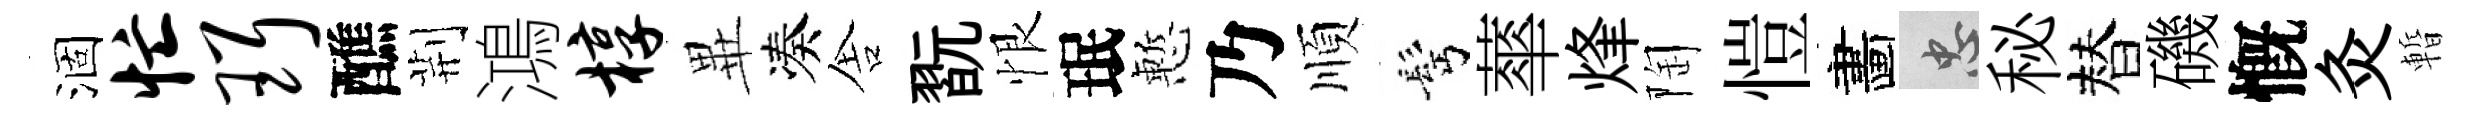
涸忙珥醮荆鴻椁𭺾凑舎翫恨珉慙乃順髩蕐烽陶愷畵忠秘替磯慨灸暫